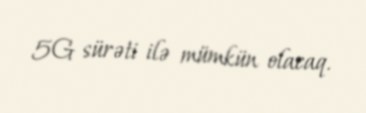
5G sürəti ilə mümkün olacaq.